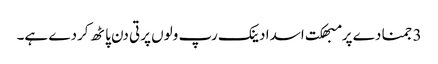
3 جمنا دے پرمبھکت اسدا دینک رپ ولوں پرتی دن پاٹھ کردے ہے۔